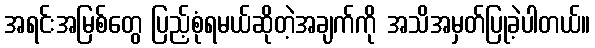
အရင်းအမြစ်တွေ ပြည့်စုံရမယ်ဆိုတဲ့အချက်ကို အသိအမှတ်ပြုခဲ့ပါတယ်။